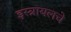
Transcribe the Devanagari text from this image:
इस्त्रायलचे